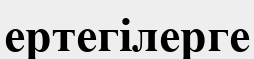
ертегілерге